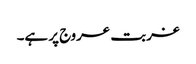
غربت عروج پر ہے۔